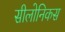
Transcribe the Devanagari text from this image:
सीलोनिकस